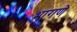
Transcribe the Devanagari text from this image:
भागणे